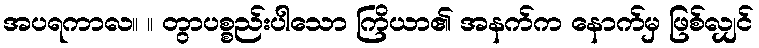
အပရကာလ။ ။ တွာပစ္စည်းပါသော ကြိယာ၏ အနက်က နောက်မှ ဖြစ်လျှင်